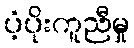
ပံ့ပိုးကူညီမှု